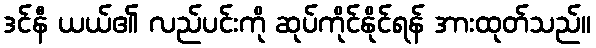
ဒင်နီ ယယ်၏ လည်ပင်းကို ဆုပ်ကိုင်နိုင်ရန် အားထုတ်သည်။